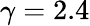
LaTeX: \gamma=2.4